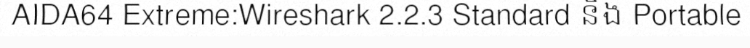
AIDA64 Extreme:Wireshark 2.2.3 Standard និង Portable